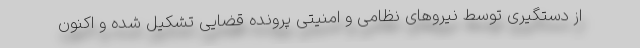
از دستگیری توسط نیروهای نظامی و امنیتی پرونده قضایی تشکیل شده و اکنون